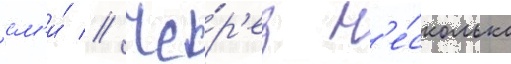
см'и́ // Че́р'ез н'е́сколько